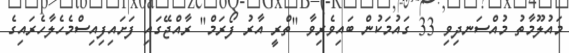
މައުލޫމާތު މުއްސަނދިވި 33 ގައުމަކުން ބައިވެރިވާ "ތްރީ އާރު ފޯރަމް" ރާއްޖޭގައި ފަށައިފިިއިސްމެހެލާހެރައިގެ